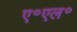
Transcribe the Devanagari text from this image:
ए॰एल॰